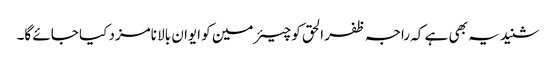
شنید یہ بھی ہے کہ راجہ ظفر الحق کو چیئرمین کو ایوان بالا نامزد کیا جائے گا۔